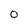
Character: O